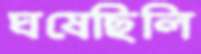
ঘষেছিলি